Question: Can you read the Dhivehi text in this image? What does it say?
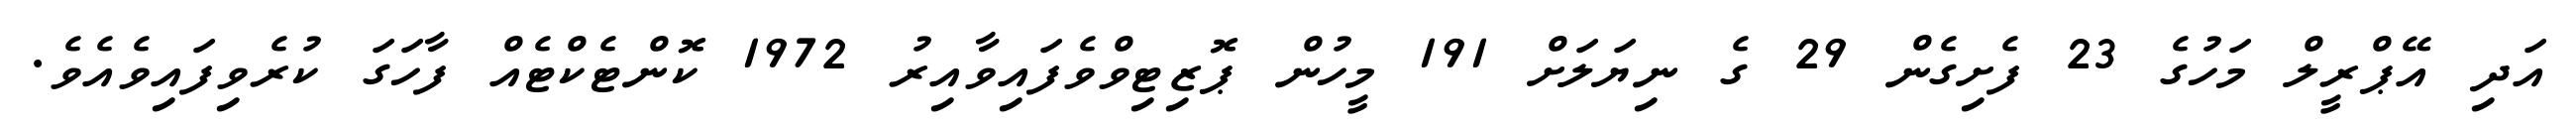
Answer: އަދި އޭޕްރީލް މަހުގެ 23 ފެށިގެން 29 ގެ ނިޔަލަށް 191 މީހުން ޕޮޒިޓިވްވެފައިވާއިރު 1972 ކޮންޓެކްޓެއް ފާހަގަ ކުރެވިފައިވެއެވެ.